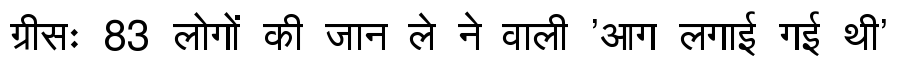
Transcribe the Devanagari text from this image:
ग्रीसः 83 लोगों की जान ले ने वाली 'आग लगाई गई थी'